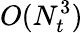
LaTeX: O(N_{t}^{3})